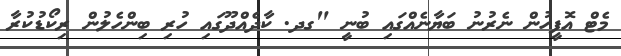
މެޓް އޮފީހުން ނެރުނު ބަޔާނެއްގައި ބުނީ "ގދ. ކާދެއްދޫގައި ހުރި ބިންހެލުން ރިކޯޑުކުރާ